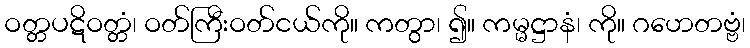
ဝတ္တပဋိဝတ္တံ၊ ဝတ်ကြီးဝတ်ငယ်ကို။ ကတွာ၊ ၍။ ကမ္မဋ္ဌာနံ၊ ကို။ ဂဟေတဗ္ဗံ၊